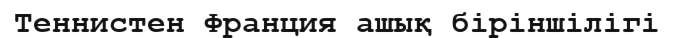
Теннистен Франция ашық біріншілігі